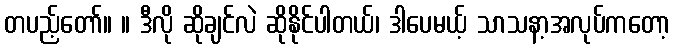
တပည့်တော်။ ။ ဒီလို ဆိုချင်လဲ ဆိုနိုင်ပါတယ်၊ ဒါပေမယ့် သာသနာ့အလုပ်ကတော့